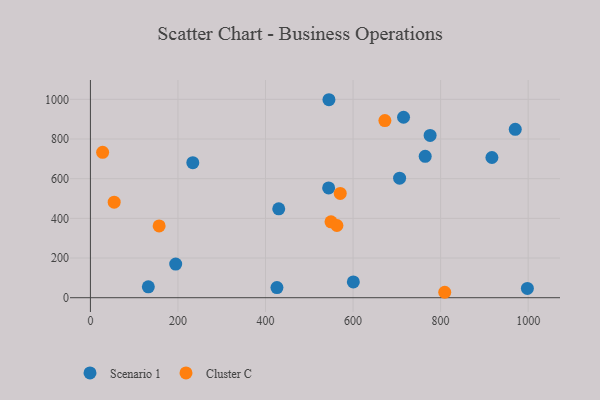
{"axis": {"x": "Experience", "y": "Sales"}, "legend": ["Cluster C", "Scenario 1"], "data": [{"x": "970.5", "y": 848.9, "type": "Scenario 1"}, {"x": "764.8", "y": 712.7, "type": "Scenario 1"}, {"x": "998.2", "y": 47.0, "type": "Scenario 1"}, {"x": "233.9", "y": 680.8, "type": "Scenario 1"}, {"x": "544.2", "y": 553.3, "type": "Scenario 1"}, {"x": "917.2", "y": 706.8, "type": "Scenario 1"}, {"x": "132.3", "y": 54.9, "type": "Scenario 1"}, {"x": "194.8", "y": 169.7, "type": "Scenario 1"}, {"x": "430.2", "y": 448.3, "type": "Scenario 1"}, {"x": "776.0", "y": 817.8, "type": "Scenario 1"}, {"x": "544.9", "y": 998.0, "type": "Scenario 1"}, {"x": "426.1", "y": 51.3, "type": "Scenario 1"}, {"x": "600.6", "y": 79.6, "type": "Scenario 1"}, {"x": "715.3", "y": 909.6, "type": "Scenario 1"}, {"x": "706.3", "y": 602.7, "type": "Scenario 1"}, {"x": "570.7", "y": 525.9, "type": "Cluster C"}, {"x": "809.4", "y": 27.4, "type": "Cluster C"}, {"x": "157.0", "y": 361.9, "type": "Cluster C"}, {"x": "549.6", "y": 382.5, "type": "Cluster C"}, {"x": "27.9", "y": 732.9, "type": "Cluster C"}, {"x": "563.1", "y": 363.9, "type": "Cluster C"}, {"x": "672.7", "y": 892.7, "type": "Cluster C"}, {"x": "54.3", "y": 481.6, "type": "Cluster C"}]}